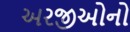
અરજીઓનો